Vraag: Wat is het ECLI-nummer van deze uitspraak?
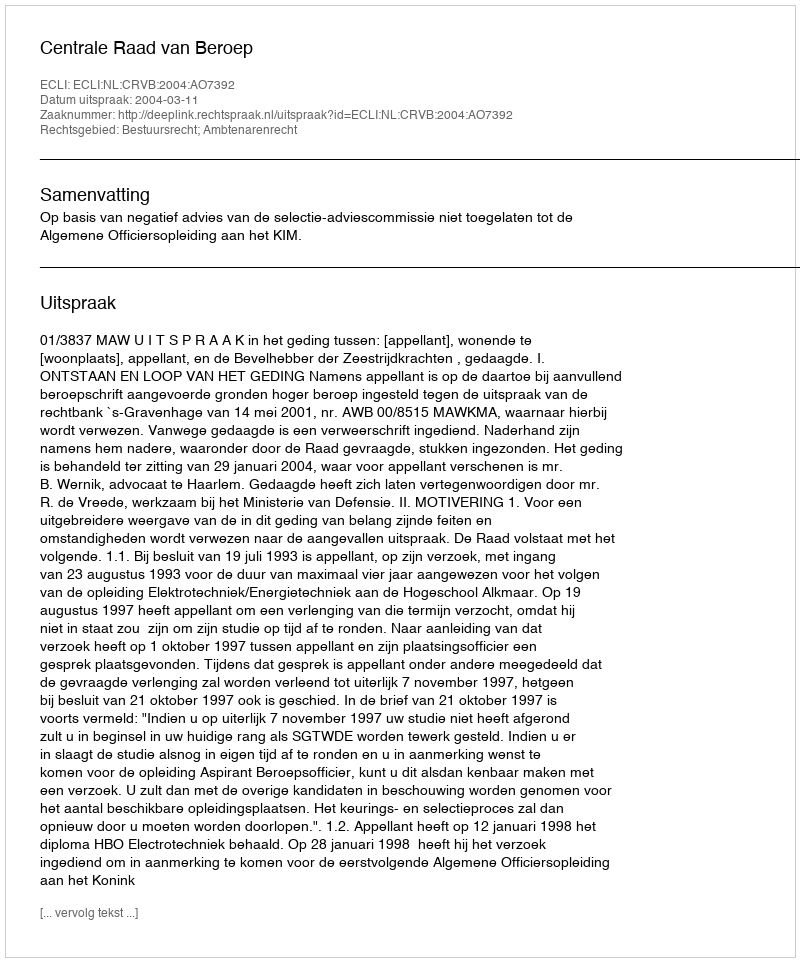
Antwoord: ECLI:NL:CRVB:2004:AO7392